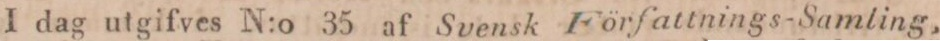
I dag utgifves N:o 35 af Svensk Författnings-Samling,